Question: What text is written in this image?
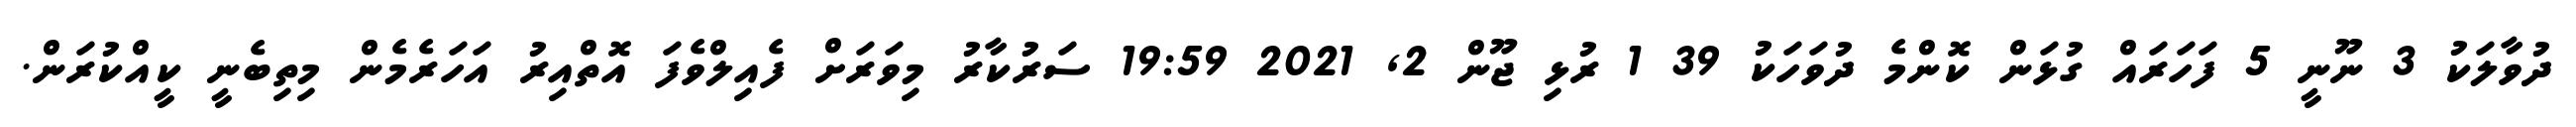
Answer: ދުވާލަކު 3 ނޫނީ 5 ފަހަރައް ގުޅަން ކޮންމެ ދުވަހަކު 39 1 ރުޅި ޖޫން 2, 2021 19:59 ސަރުކާރު މިވަރަށް ފެއިލްވެފަ އޮތްއިރު އަހަރެމެން މިތިބެނީ ކީއްކުރަން.